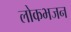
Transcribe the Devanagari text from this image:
लोकभजन